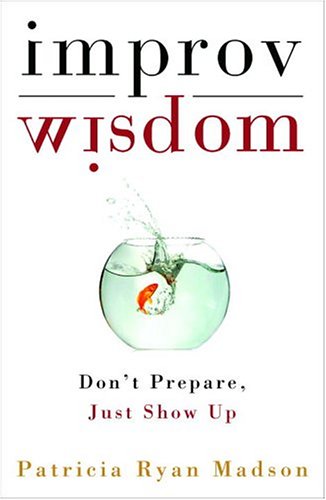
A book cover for Improv Wisdom: Don't Prepare, Just Show Up; Patricia Ryan Madson; Literature & Fiction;